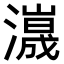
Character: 𤁑